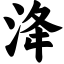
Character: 洚